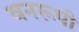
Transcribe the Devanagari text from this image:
वनरूपी